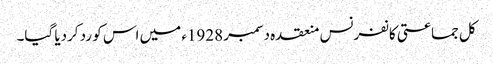
کل جماعتی کانفرنس منعقدہ دسمبر 1928ء میں اس کو رد کردیا گیا۔